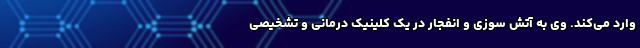
وارد می­‌کند. وی به آتش سوزی و انفجار در یک کلینیک درمانی و تشخیصی